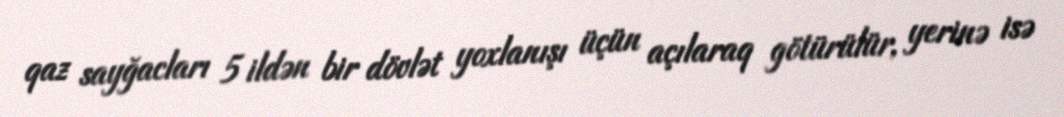
qaz sayğacları 5 ildən bir dövlət yoxlanışı üçün açılaraq götürülür, yerinə isə